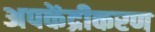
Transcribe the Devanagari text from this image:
अपकेंद्रीकरण